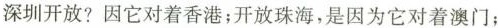
深圳开放?因它对着香港；开放珠海，是因为它对着澳门；